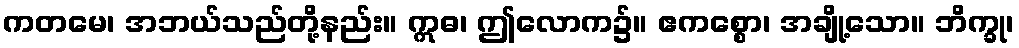
ကတမေ၊ အဘယ်သည်တို့နည်း။ ဣဓ၊ ဤလောက၌။ ဧကစ္စော၊ အချို့သော။ ဘိက္ခု၊